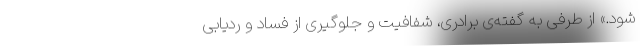
شود.» از طرفی به گفته‌ی برادری، شفافیت و جلوگیری از فساد و ردیابی